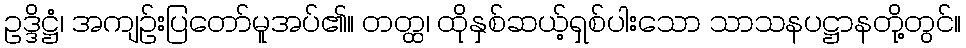
ဥဒ္ဒိဋ္ဌံ၊ အကျဉ်းပြတော်မူအပ်၏။ တတ္ထ၊ ထိုနှစ်ဆယ့်ရှစ်ပါးသော သာသနပဋ္ဌာနတို့တွင်။